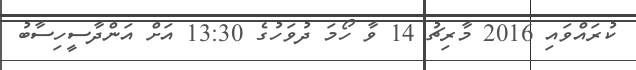
ކުރައްވައި 2016 މާރިޗު 14 ވާ ހޯމަ ދުވަހުގެ 13:30 އަށް އަންދާސީހިސާބު